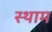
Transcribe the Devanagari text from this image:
स्थाम